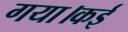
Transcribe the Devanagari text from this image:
गया।कई